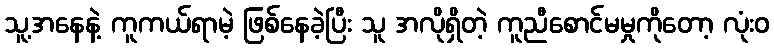
သူ့အနေနဲ့ ကူကယ်ရာမဲ့ ဖြစ်နေခဲ့ပြီး သူ အလိုရှိတဲ့ ကူညီစောင်မမှုကိုတော့ လုံးဝ